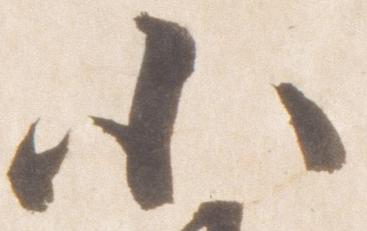
小